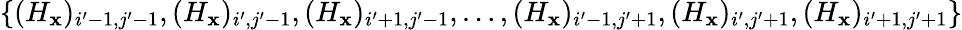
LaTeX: \{ (H_{\mathbf{x}})_{i^{\prime}-1,j^{\prime}-1},(H_{\mathbf{x}})_{i^{\prime},j^{\prime}-1},(H_{\mathbf{x}})_{i^{\prime}+1,j^{\prime}-1},\ldots,(H_{\mathbf{x}})_{i^{\prime}-1,j^{\prime}+1},(H_{\mathbf{x}})_{i^{\prime},j^{\prime}+1},(H_{\mathbf{x}})_{i^{\prime}+1,j^{\prime}+1}\}